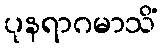
ပုနရာဂမာသိံ